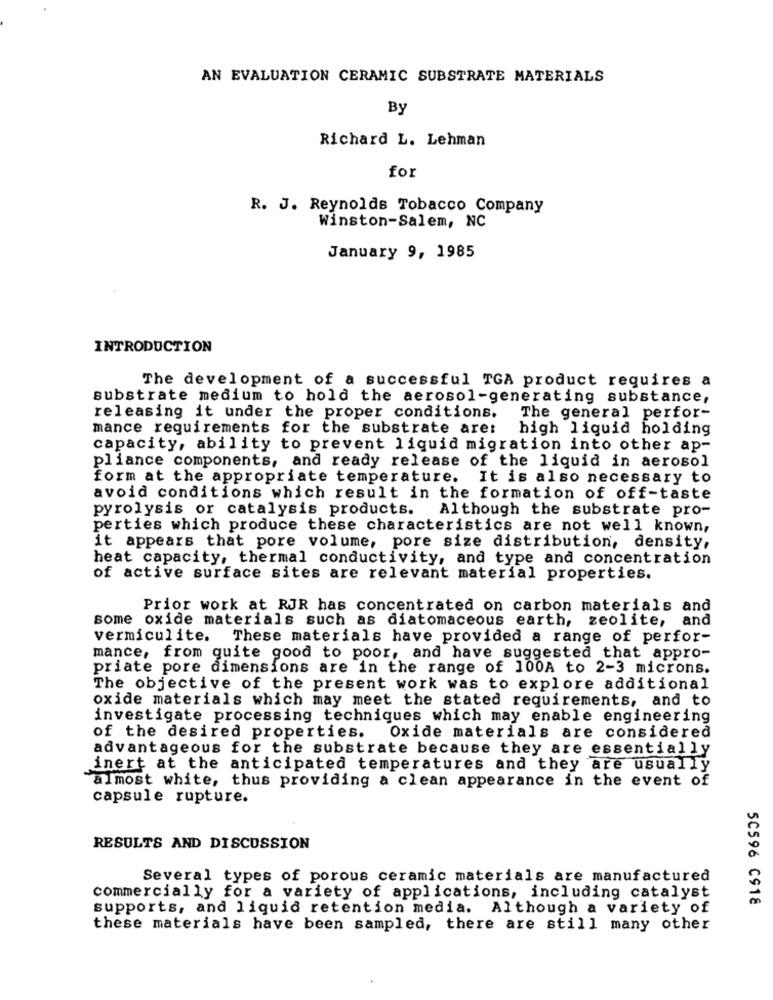
AN EVALUATION CERAMIC SUBSTRATE MATERIALS
By
Richard L. Lehman
for
R. J. Reynolds Tobacco Company
Winston-Salem, NC
January 9, 1985
INTRODUCTION
The development of a successful TGA product requires a
substrate medium to hold the aerosol-generating substance,
releasing it under the proper conditions.
The general perfor-
mance requirements for the substrate are:
high liquid holding
capacity, ability to prevent liquid migration into other ap-
pliance components, and ready release of the liquid in aerosol
form at the appropriate temperature.
It is also necessary to
avoid conditions which result in the formation of off-taste
pyrolysis or catalysis products.
Although the substrate pro-
perties which produce these characteristics are not well known,
it appears that pore volume, pore size distribution, density,
heat capacity, thermal conductivity, and type and concentration
of active surface sites are relevant material properties.
Prior work at RJR has concentrated on carbon materials and
some oxide materials such as diatomaceous earth, zeolite, and
vermiculite. These materials have provided a range of perfor-
mance, from quite good to poor, and have suggested that appro-
priate pore dimensions are in the range of 100A to 2-3 microns.
The objective of the present work was to explore additional
oxide materials which may meet the stated requirements, and to
investigate processing techniques which may enable engineering
of the desired properties. Oxide materials are considered
advantageous for the substrate because they are essentially
inert at the anticipated temperatures and they are usually
almost white, thus providing a clean appearance in the event of
capsule rupture.
RESULTS AND DISCUSSION
Several types of porous ceramic materials are manufactured
commercially for a variety of applications, including catalyst
50596 C918
supports, and liquid retention media. Although a variety of
these materials have been sampled, there are still many other